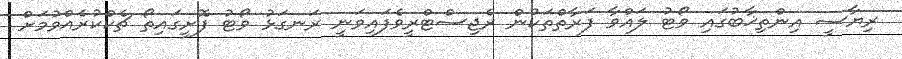
ރިޔާސީ އިންތިޚާބުގައި ވޯޓު ލައްވާ ފަރާތްތަކުން ރެޖިސްޓްރީވެފައިވަނީ ރަނގަޅު ވޯޓު ފޮށީގައިތޯ ޗެކްކުރެއްވުމަށް